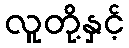
လူတို့နှင့်